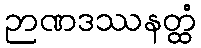
ဉာဏဒဿနတ္ထံ